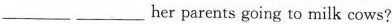
___ ___ her parents going to milk cows?